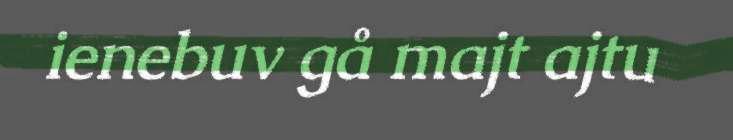
ienebuv gå majt ajtu